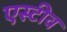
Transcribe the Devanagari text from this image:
एस्टीव